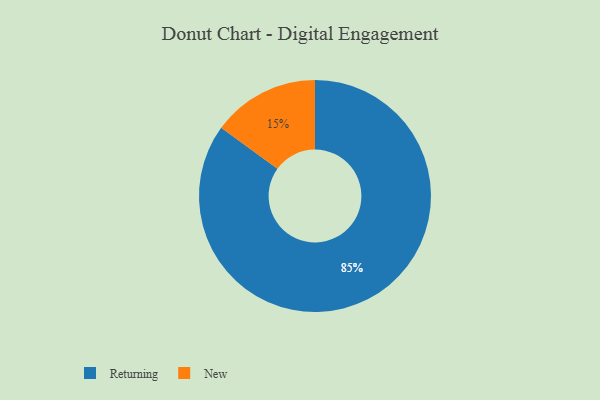
{"axis": {"x": "Category", "y": "Percentage"}, "legend": ["New", "Returning"], "data": [{"x": "Returning", "y": 85, "type": "Returning"}, {"x": "New", "y": 15, "type": "New"}]}